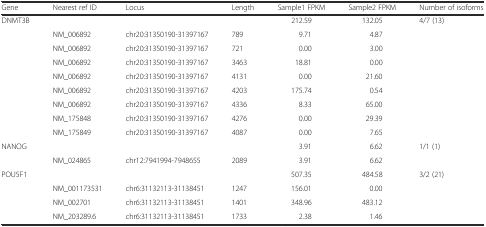
<table><thead><tr><td><b>Gene</b></td><td><b>Nearest ref ID</b></td><td><b>Locus</b></td><td><b>Length</b></td><td><b>Sample1 FPKM</b></td><td><b>Sample2 FPKM</b></td><td><b>Number of isoforms</b></td></tr></thead><tbody><tr><td>DNMT3B</td><td></td><td></td><td></td><td>212.59</td><td>132.05</td><td>4/7 (13)</td></tr><tr><td></td><td>NM_006892</td><td>chr20:31350190-31397167</td><td>789</td><td>9.71</td><td>4.87</td><td></td></tr><tr><td></td><td>NM_006892</td><td>chr20:31350190-31397167</td><td>721</td><td>0.00</td><td>3.00</td><td></td></tr><tr><td></td><td>NM_006892</td><td>chr20:31350190-31397167</td><td>3463</td><td>18.81</td><td>0.00</td><td></td></tr><tr><td></td><td>NM_006892</td><td>chr20:31350190-31397167</td><td>4131</td><td>0.00</td><td>21.60</td><td></td></tr><tr><td></td><td>NM_006892</td><td>chr20:31350190-31397167</td><td>4203</td><td>175.74</td><td>0.54</td><td></td></tr><tr><td></td><td>NM_006892</td><td>chr20:31350190-31397167</td><td>4336</td><td>8.33</td><td>65.00</td><td></td></tr><tr><td></td><td>NM_175848</td><td>chr20:31350190-31397167</td><td>4276</td><td>0.00</td><td>29.39</td><td></td></tr><tr><td></td><td>NM_175849</td><td>chr20:31350190-31397167</td><td>4087</td><td>0.00</td><td>7.65</td><td></td></tr><tr><td>NANOG</td><td></td><td></td><td></td><td>3.91</td><td>6.62</td><td>1/1 (1)</td></tr><tr><td></td><td>NM_024865</td><td>chr12:7941994-7948655</td><td>2089</td><td>3.91</td><td>6.62</td><td></td></tr><tr><td>POU5F1</td><td></td><td></td><td></td><td>507.35</td><td>484.58</td><td>3/2 (21)</td></tr><tr><td></td><td>NM_001173531</td><td>chr6:31132113-31138451</td><td>1247</td><td>156.01</td><td>0.00</td><td></td></tr><tr><td></td><td>NM_002701</td><td>chr6:31132113-31138451</td><td>1401</td><td>348.96</td><td>483.12</td><td></td></tr><tr><td></td><td>NM_203289.6</td><td>chr6:31132113-31138451</td><td>1733</td><td>2.38</td><td>1.46</td><td></td></tr></tbody></table>